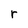
Character: r